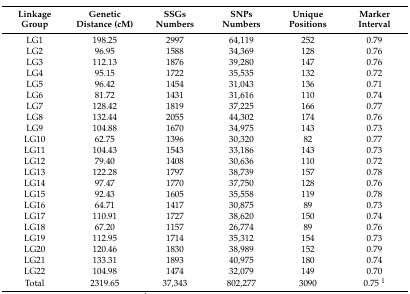
| Linkage Group | Genetic Distance (cM) | SSGs Numbers | SNPs Numbers | Unique Positions | Marker Interval |
 | --- | --- | --- | --- | --- | --- |
 | LG1 | 198.25 | 2997 | 64,119 | 252 | 0.79 |
 | LG2 | 96.95 | 1588 | 34,369 | 128 | 0.76 |
 | LG3 | 112.13 | 1876 | 39,280 | 147 | 0.76 |
 | LG4 | 95.15 | 1722 | 35,535 | 132 | 0.72 |
 | LG5 | 96.42 | 1454 | 31,043 | 136 | 0.71 |
 | LG6 | 81.72 | 1431 | 31,616 | 110 | 0.74 |
 | LG7 | 128.42 | 1819 | 37,225 | 166 | 0.77 |
 | LG8 | 132.44 | 2055 | 44,302 | 174 | 0.76 |
 | LG9 | 104.88 | 1670 | 34,975 | 143 | 0.73 |
 | LG10 | 62.75 | 1396 | 30,320 | 82 | 0.77 |
 | LG11 | 104.43 | 1543 | 33,186 | 143 | 0.73 |
 | LG12 | 79.40 | 1408 | 30,636 | 110 | 0.72 |
 | LG13 | 122.28 | 1797 | 38,739 | 157 | 0.78 |
 | LG14 | 97.47 | 1770 | 37,750 | 128 | 0.76 |
 | LG15 | 92.43 | 1605 | 35,558 | 119 | 0.78 |
 | LG16 | 64.71 | 1417 | 30,875 | 89 | 0.73 |
 | LG17 | 110.91 | 1727 | 38,620 | 150 | 0.74 |
 | LG18 | 67.20 | 1157 | 26,774 | 89 | 0.76 |
 | LG19 | 112.95 | 1714 | 35,312 | 154 | 0.73 |
 | LG20 | 120.46 | 1830 | 38,989 | 152 | 0.79 |
 | LG21 | 133.31 | 1893 | 40,975 | 180 | 0.74 |
 | LG22 | 104.98 | 1474 | 32,079 | 149 | 0.70 |
 | Total | 2319.65 | 37,343 | 802,277 | 3090 | 0.75 1 |